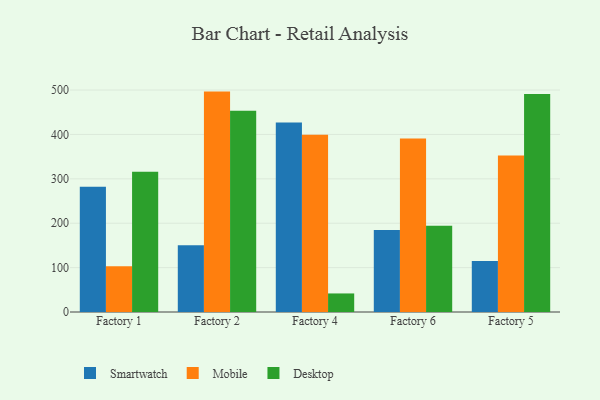
{"axis": {"x": "Factory", "y": "Shipments"}, "legend": ["Desktop", "Mobile", "Smartwatch"], "data": [{"x": "Factory 1", "y": 282.1, "type": "Smartwatch"}, {"x": "Factory 1", "y": 103.0, "type": "Mobile"}, {"x": "Factory 1", "y": 316.0, "type": "Desktop"}, {"x": "Factory 2", "y": 150.3, "type": "Smartwatch"}, {"x": "Factory 2", "y": 496.5, "type": "Mobile"}, {"x": "Factory 2", "y": 453.5, "type": "Desktop"}, {"x": "Factory 4", "y": 427.1, "type": "Smartwatch"}, {"x": "Factory 4", "y": 399.5, "type": "Mobile"}, {"x": "Factory 4", "y": 41.8, "type": "Desktop"}, {"x": "Factory 6", "y": 184.6, "type": "Smartwatch"}, {"x": "Factory 6", "y": 390.6, "type": "Mobile"}, {"x": "Factory 6", "y": 194.2, "type": "Desktop"}, {"x": "Factory 5", "y": 114.9, "type": "Smartwatch"}, {"x": "Factory 5", "y": 352.5, "type": "Mobile"}, {"x": "Factory 5", "y": 490.9, "type": "Desktop"}]}